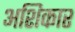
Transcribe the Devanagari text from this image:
अशिकार